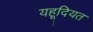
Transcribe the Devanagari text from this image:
यहूदियत